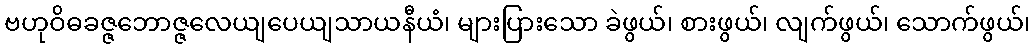
ဗဟုဝိဓခဇ္ဇဘောဇ္ဇလေယျပေယျသာယနီယံ၊ များပြားသော ခဲဖွယ်၊ စားဖွယ်၊ လျက်ဖွယ်၊ သောက်ဖွယ်၊